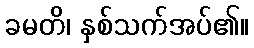
ခမတိ၊ နှစ်သက်အပ်၏။